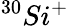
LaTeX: ^{30}Si^{+}